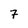
Character: 7